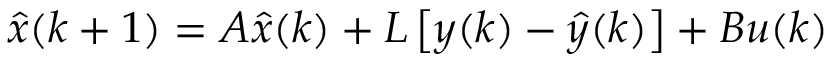
{ \hat { x } } ( k + 1 ) = A { \hat { x } } ( k ) + L \left[ y ( k ) - { \hat { y } } ( k ) \right] + B u ( k )